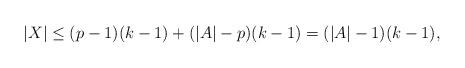
LaTeX: \begin{align*}|X|\leq (p-1)(k-1) + (|A|-p)(k-1) = (|A|-1)(k-1),\end{align*}